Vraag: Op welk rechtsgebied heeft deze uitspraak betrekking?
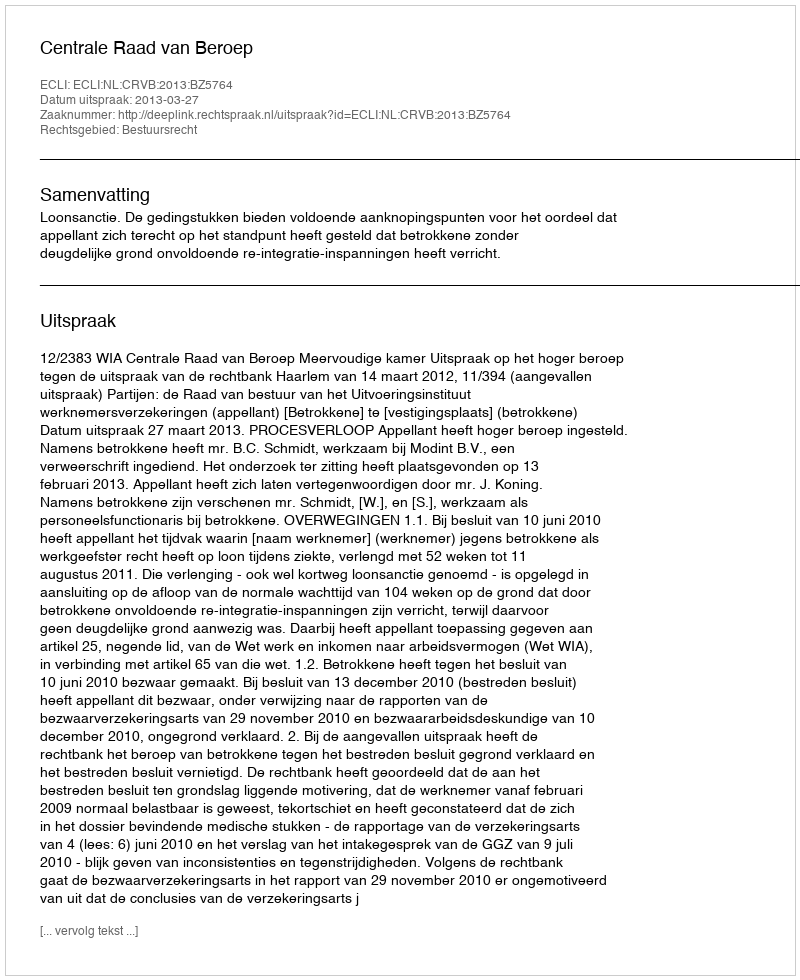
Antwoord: Bestuursrecht